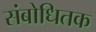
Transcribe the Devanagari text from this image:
संबोधितक